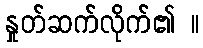
နှုတ်ဆက်လိုက်၏ ။